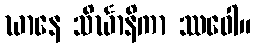
ဃာနေ သိင်္ဃာနိကာ ဿဝေါ။